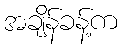
အချိန်ခန့်က